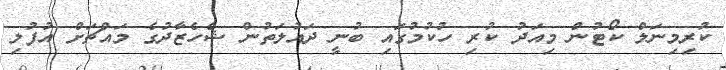
ކުރިމިނަލް ކޯޓުން މިއަދު ކުރި ހުކުމުގައި ބުނީ ދައުލަތުން ޝެހެޒާދުގެ މައްޗަށް އުފުލި